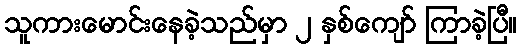
သူကားမောင်းနေခဲ့သည်မှာ ၂ နှစ်ကျော် ကြာခဲ့ပြီ။